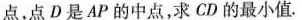
点，点D是AP的中点，求CD的最小值。